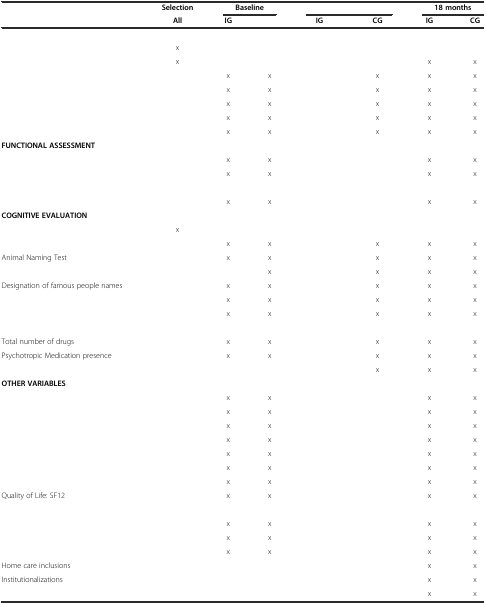
<table><thead><tr><td>[EMPTY_CELL]</td><td><b>Selection</b></td><td colspan="2"><b>Baseline</b></td><td colspan="2">[EMPTY_CELL]</td><td colspan="2"><b>18 months</b></td></tr><tr><td>[EMPTY_CELL]</td><td><b>All</b></td><td><b>IG</b></td><td>[EMPTY_CELL]</td><td><b>IG</b></td><td><b>CG</b></td><td><b>IG</b></td><td><b>CG</b></td></tr></thead><tbody><tr><td colspan="8">[EMPTY_CELL]</td></tr><tr><td>[EMPTY_CELL]</td><td>x</td><td>[EMPTY_CELL]</td><td>[EMPTY_CELL]</td><td>[EMPTY_CELL]</td><td>[EMPTY_CELL]</td><td>[EMPTY_CELL]</td><td>[EMPTY_CELL]</td></tr><tr><td>[EMPTY_CELL]</td><td>x</td><td>[EMPTY_CELL]</td><td>[EMPTY_CELL]</td><td>[EMPTY_CELL]</td><td>[EMPTY_CELL]</td><td>x</td><td>x</td></tr><tr><td>[EMPTY_CELL]</td><td>[EMPTY_CELL]</td><td>x</td><td>x</td><td>[EMPTY_CELL]</td><td>x</td><td>x</td><td>x</td></tr><tr><td>[EMPTY_CELL]</td><td>[EMPTY_CELL]</td><td>x</td><td>x</td><td>[EMPTY_CELL]</td><td>x</td><td>x</td><td>x</td></tr><tr><td>[EMPTY_CELL]</td><td>[EMPTY_CELL]</td><td>x</td><td>x</td><td>[EMPTY_CELL]</td><td>x</td><td>x</td><td>x</td></tr><tr><td>[EMPTY_CELL]</td><td>[EMPTY_CELL]</td><td>x</td><td>x</td><td>[EMPTY_CELL]</td><td>x</td><td>x</td><td>x</td></tr><tr><td>[EMPTY_CELL]</td><td>[EMPTY_CELL]</td><td>x</td><td>x</td><td>[EMPTY_CELL]</td><td>x</td><td>x</td><td>x</td></tr><tr><td colspan="8"><b>FUNCTIONAL ASSESSMENT</b></td></tr><tr><td>[EMPTY_CELL]</td><td>[EMPTY_CELL]</td><td>x</td><td>x</td><td>[EMPTY_CELL]</td><td>[EMPTY_CELL]</td><td>x</td><td>x</td></tr><tr><td>[EMPTY_CELL]</td><td>[EMPTY_CELL]</td><td>x</td><td>x</td><td>[EMPTY_CELL]</td><td>[EMPTY_CELL]</td><td>x</td><td>x</td></tr><tr><td colspan="8">[EMPTY_CELL]</td></tr><tr><td>[EMPTY_CELL]</td><td>[EMPTY_CELL]</td><td>x</td><td>x</td><td>[EMPTY_CELL]</td><td>[EMPTY_CELL]</td><td>x</td><td>x</td></tr><tr><td colspan="8"><b>COGNITIVE EVALUATION</b></td></tr><tr><td>[EMPTY_CELL]</td><td>x</td><td>[EMPTY_CELL]</td><td>[EMPTY_CELL]</td><td>[EMPTY_CELL]</td><td>[EMPTY_CELL]</td><td>[EMPTY_CELL]</td><td>[EMPTY_CELL]</td></tr><tr><td>[EMPTY_CELL]</td><td>[EMPTY_CELL]</td><td>x</td><td>x</td><td>[EMPTY_CELL]</td><td>x</td><td>x</td><td>x</td></tr><tr><td>Animal Naming Test</td><td>[EMPTY_CELL]</td><td>x</td><td>x</td><td>[EMPTY_CELL]</td><td>x</td><td>x</td><td>x</td></tr><tr><td>[EMPTY_CELL]</td><td>[EMPTY_CELL]</td><td>[EMPTY_CELL]</td><td>x</td><td>[EMPTY_CELL]</td><td>x</td><td>x</td><td>x</td></tr><tr><td>Designation of famous people names</td><td>[EMPTY_CELL]</td><td>x</td><td>x</td><td>[EMPTY_CELL]</td><td>x</td><td>x</td><td>x</td></tr><tr><td>[EMPTY_CELL]</td><td>[EMPTY_CELL]</td><td>x</td><td>x</td><td>[EMPTY_CELL]</td><td>x</td><td>x</td><td>x</td></tr><tr><td>[EMPTY_CELL]</td><td>[EMPTY_CELL]</td><td>x</td><td>x</td><td>[EMPTY_CELL]</td><td>x</td><td>x</td><td>x</td></tr><tr><td colspan="8">[EMPTY_CELL]</td></tr><tr><td>Total number of drugs</td><td>[EMPTY_CELL]</td><td>x</td><td>x</td><td>[EMPTY_CELL]</td><td>x</td><td>x</td><td>x</td></tr><tr><td>Psychotropic Medication presence</td><td>[EMPTY_CELL]</td><td>x</td><td>x</td><td>[EMPTY_CELL]</td><td>x</td><td>x</td><td>x</td></tr><tr><td>[EMPTY_CELL]</td><td>[EMPTY_CELL]</td><td>[EMPTY_CELL]</td><td>[EMPTY_CELL]</td><td>[EMPTY_CELL]</td><td>x</td><td>x</td><td>x</td></tr><tr><td colspan="8"><b>OTHER VARIABLES</b></td></tr><tr><td>[EMPTY_CELL]</td><td>[EMPTY_CELL]</td><td>x</td><td>x</td><td>[EMPTY_CELL]</td><td>[EMPTY_CELL]</td><td>x</td><td>x</td></tr><tr><td>[EMPTY_CELL]</td><td>[EMPTY_CELL]</td><td>x</td><td>x</td><td>[EMPTY_CELL]</td><td>[EMPTY_CELL]</td><td>x</td><td>x</td></tr><tr><td>[EMPTY_CELL]</td><td>[EMPTY_CELL]</td><td>x</td><td>x</td><td>[EMPTY_CELL]</td><td>[EMPTY_CELL]</td><td>x</td><td>x</td></tr><tr><td>[EMPTY_CELL]</td><td>[EMPTY_CELL]</td><td>x</td><td>x</td><td>[EMPTY_CELL]</td><td>[EMPTY_CELL]</td><td>x</td><td>x</td></tr><tr><td>[EMPTY_CELL]</td><td>[EMPTY_CELL]</td><td>x</td><td>x</td><td>[EMPTY_CELL]</td><td>[EMPTY_CELL]</td><td>x</td><td>x</td></tr><tr><td>[EMPTY_CELL]</td><td>[EMPTY_CELL]</td><td>x</td><td>x</td><td>[EMPTY_CELL]</td><td>[EMPTY_CELL]</td><td>x</td><td>x</td></tr><tr><td>[EMPTY_CELL]</td><td>[EMPTY_CELL]</td><td>x</td><td>x</td><td>[EMPTY_CELL]</td><td>[EMPTY_CELL]</td><td>x</td><td>x</td></tr><tr><td>Quality of Life: SF12</td><td>[EMPTY_CELL]</td><td>x</td><td>x</td><td>[EMPTY_CELL]</td><td>[EMPTY_CELL]</td><td>x</td><td>x</td></tr><tr><td colspan="8">[EMPTY_CELL]</td></tr><tr><td>[EMPTY_CELL]</td><td>[EMPTY_CELL]</td><td>x</td><td>x</td><td>[EMPTY_CELL]</td><td>[EMPTY_CELL]</td><td>x</td><td>x</td></tr><tr><td>[EMPTY_CELL]</td><td>[EMPTY_CELL]</td><td>x</td><td>x</td><td>[EMPTY_CELL]</td><td>[EMPTY_CELL]</td><td>x</td><td>x</td></tr><tr><td>[EMPTY_CELL]</td><td>[EMPTY_CELL]</td><td>x</td><td>x</td><td>[EMPTY_CELL]</td><td>[EMPTY_CELL]</td><td>x</td><td>x</td></tr><tr><td>Home care inclusions</td><td>[EMPTY_CELL]</td><td>[EMPTY_CELL]</td><td>[EMPTY_CELL]</td><td>[EMPTY_CELL]</td><td>[EMPTY_CELL]</td><td>x</td><td>x</td></tr><tr><td>Institutionalizations</td><td>[EMPTY_CELL]</td><td>[EMPTY_CELL]</td><td>[EMPTY_CELL]</td><td>[EMPTY_CELL]</td><td>[EMPTY_CELL]</td><td>x</td><td>x</td></tr><tr><td>[EMPTY_CELL]</td><td>[EMPTY_CELL]</td><td>[EMPTY_CELL]</td><td>[EMPTY_CELL]</td><td>[EMPTY_CELL]</td><td>[EMPTY_CELL]</td><td>x</td><td>x</td></tr></tbody></table>